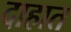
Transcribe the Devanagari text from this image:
दाहात